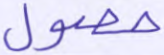
حصول